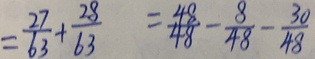
= \frac { 2 7 } { 6 3 } + \frac { 2 8 } { 6 3 } = \frac { 4 8 } { 4 8 } - \frac { 8 } { 4 8 } - \frac { 3 0 } { 4 8 }